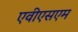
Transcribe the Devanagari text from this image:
एवीएसएम